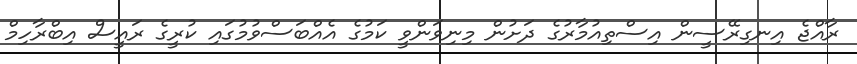
ރާއްޖެ އިނގިރޭސީން އިސްތިއުމާރުގެ ދަށުން މިނިވަންވީ ކަމުގެ އެއްބަސްވުމުގައި ކުރީގެ ރައީސް އިބްރާހިމް